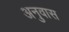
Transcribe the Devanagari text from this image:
अनुवास